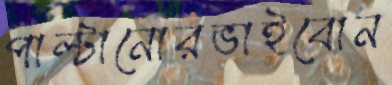
পাল্টানোরভাইবোন